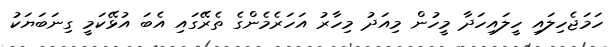
ހަމަޖެހިލައި ހީލައިހަދާ މީހުން މިއަދު މިހާރު އަހަރެމެންގެ ތެރޭގައި އެބަ އުޅޭކަމީ ގިނަބަޔަކު